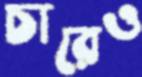
চারেও